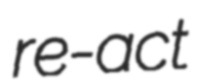
re-act